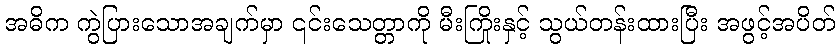
အဓိက ကွဲပြားသောအချက်မှာ ၎င်းသေတ္တာကို မီးကြိုးနှင့် သွယ်တန်းထားပြီး အဖွင့်အပိတ်